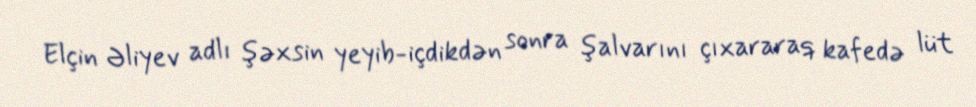
Elçin Əliyev adlı şəxsin yeyib-içdikdən sonra şalvarını çıxararaq kafedə lüt